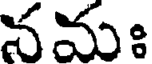
నమః